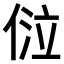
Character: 𠊔